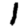
Digit: 1